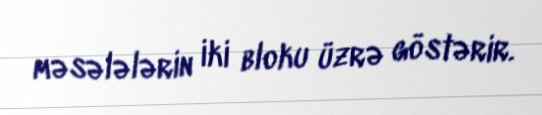
məsələlərin iki bloku üzrə göstərir.